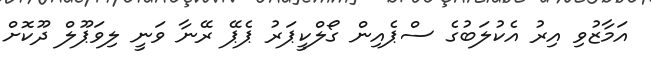
އަމާޒުވި އިރު އެކުލަބުގެ ސްޕެއިން ގޯލްކީޕަރު ޕެޕޭ ރޭނާ ވަނީ ލިވަޕޫލް ދޫކޮށް